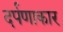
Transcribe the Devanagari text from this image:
दर्पणाकार